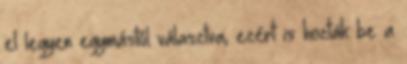
el legyen egymástól választva; ezért is hozták be a